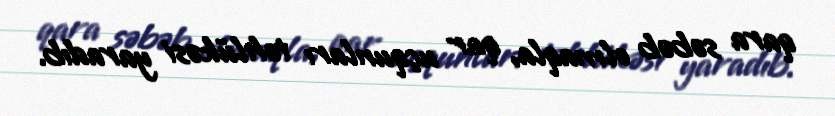
qara səbəb olmaqla, qar uçqunları təhlükəsi yaradıb.